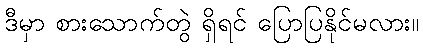
ဒီမှာ စားသောက်တွဲ ရှိရင် ပြောပြနိုင်မလား။